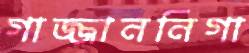
গাজ্জাননিগা